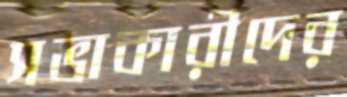
সভাকারীদের